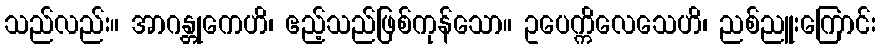
သည်လည်း။ အာဂန္တုကေဟိ၊ ဧည့်သည်ဖြစ်ကုန်သော။ ဥပေက္ကိလေသေဟိ၊ ညစ်ညူးကြောင်း